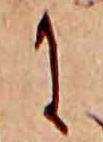
に